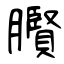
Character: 臔